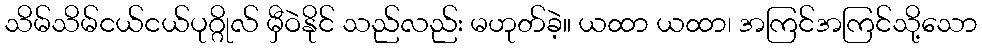
သိမ်သိမ်ငယ်ငယ်ပုဂ္ဂိုလ် မှီဝဲနိုင် သည်လည်း မဟုတ်ခဲ့။ ယထာ ယထာ၊ အကြင်အကြင်သို့သော